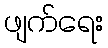
ဖျက်ရေး